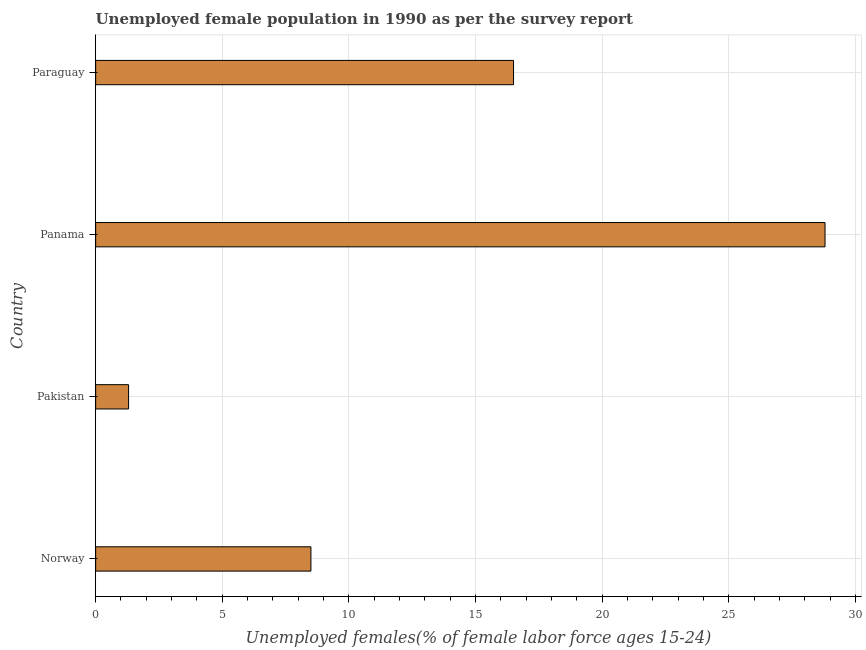
| Country | Unemployment youth female |
 | --- | --- |
 | Norway | 8.5 |
 | Pakistan | 1.3 |
 | Panama | 28.8 |
 | Paraguay | 16.5 |